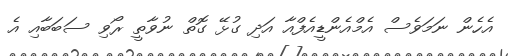
އެހެން ނަމަވެސް އެމްއެންޑީއެފްއާ އަދި ގުޅޭ ގޮތް ނުވާތީ ރޯވި ސަބަބާއި އެ